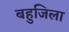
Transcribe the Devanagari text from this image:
बहुजिला